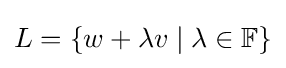
L=\{w+\lambda v\mid \lambda \in \mathbb {F} \}